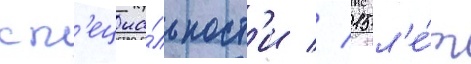
сп'ециа́льност'и // 15 л'е́т